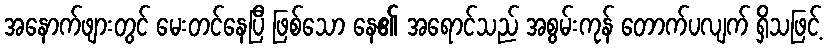
အနောက်ဖျားတွင် မေးတင်နေပြီ ဖြစ်သော နေ၏ အရောင်သည် အစွမ်းကုန် တောက်ပလျက် ရှိသဖြင့်